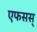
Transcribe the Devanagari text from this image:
एफसस्